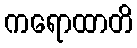
ကရောထာတိ